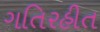
ગતિરહીત